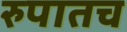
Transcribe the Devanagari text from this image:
रुपातच